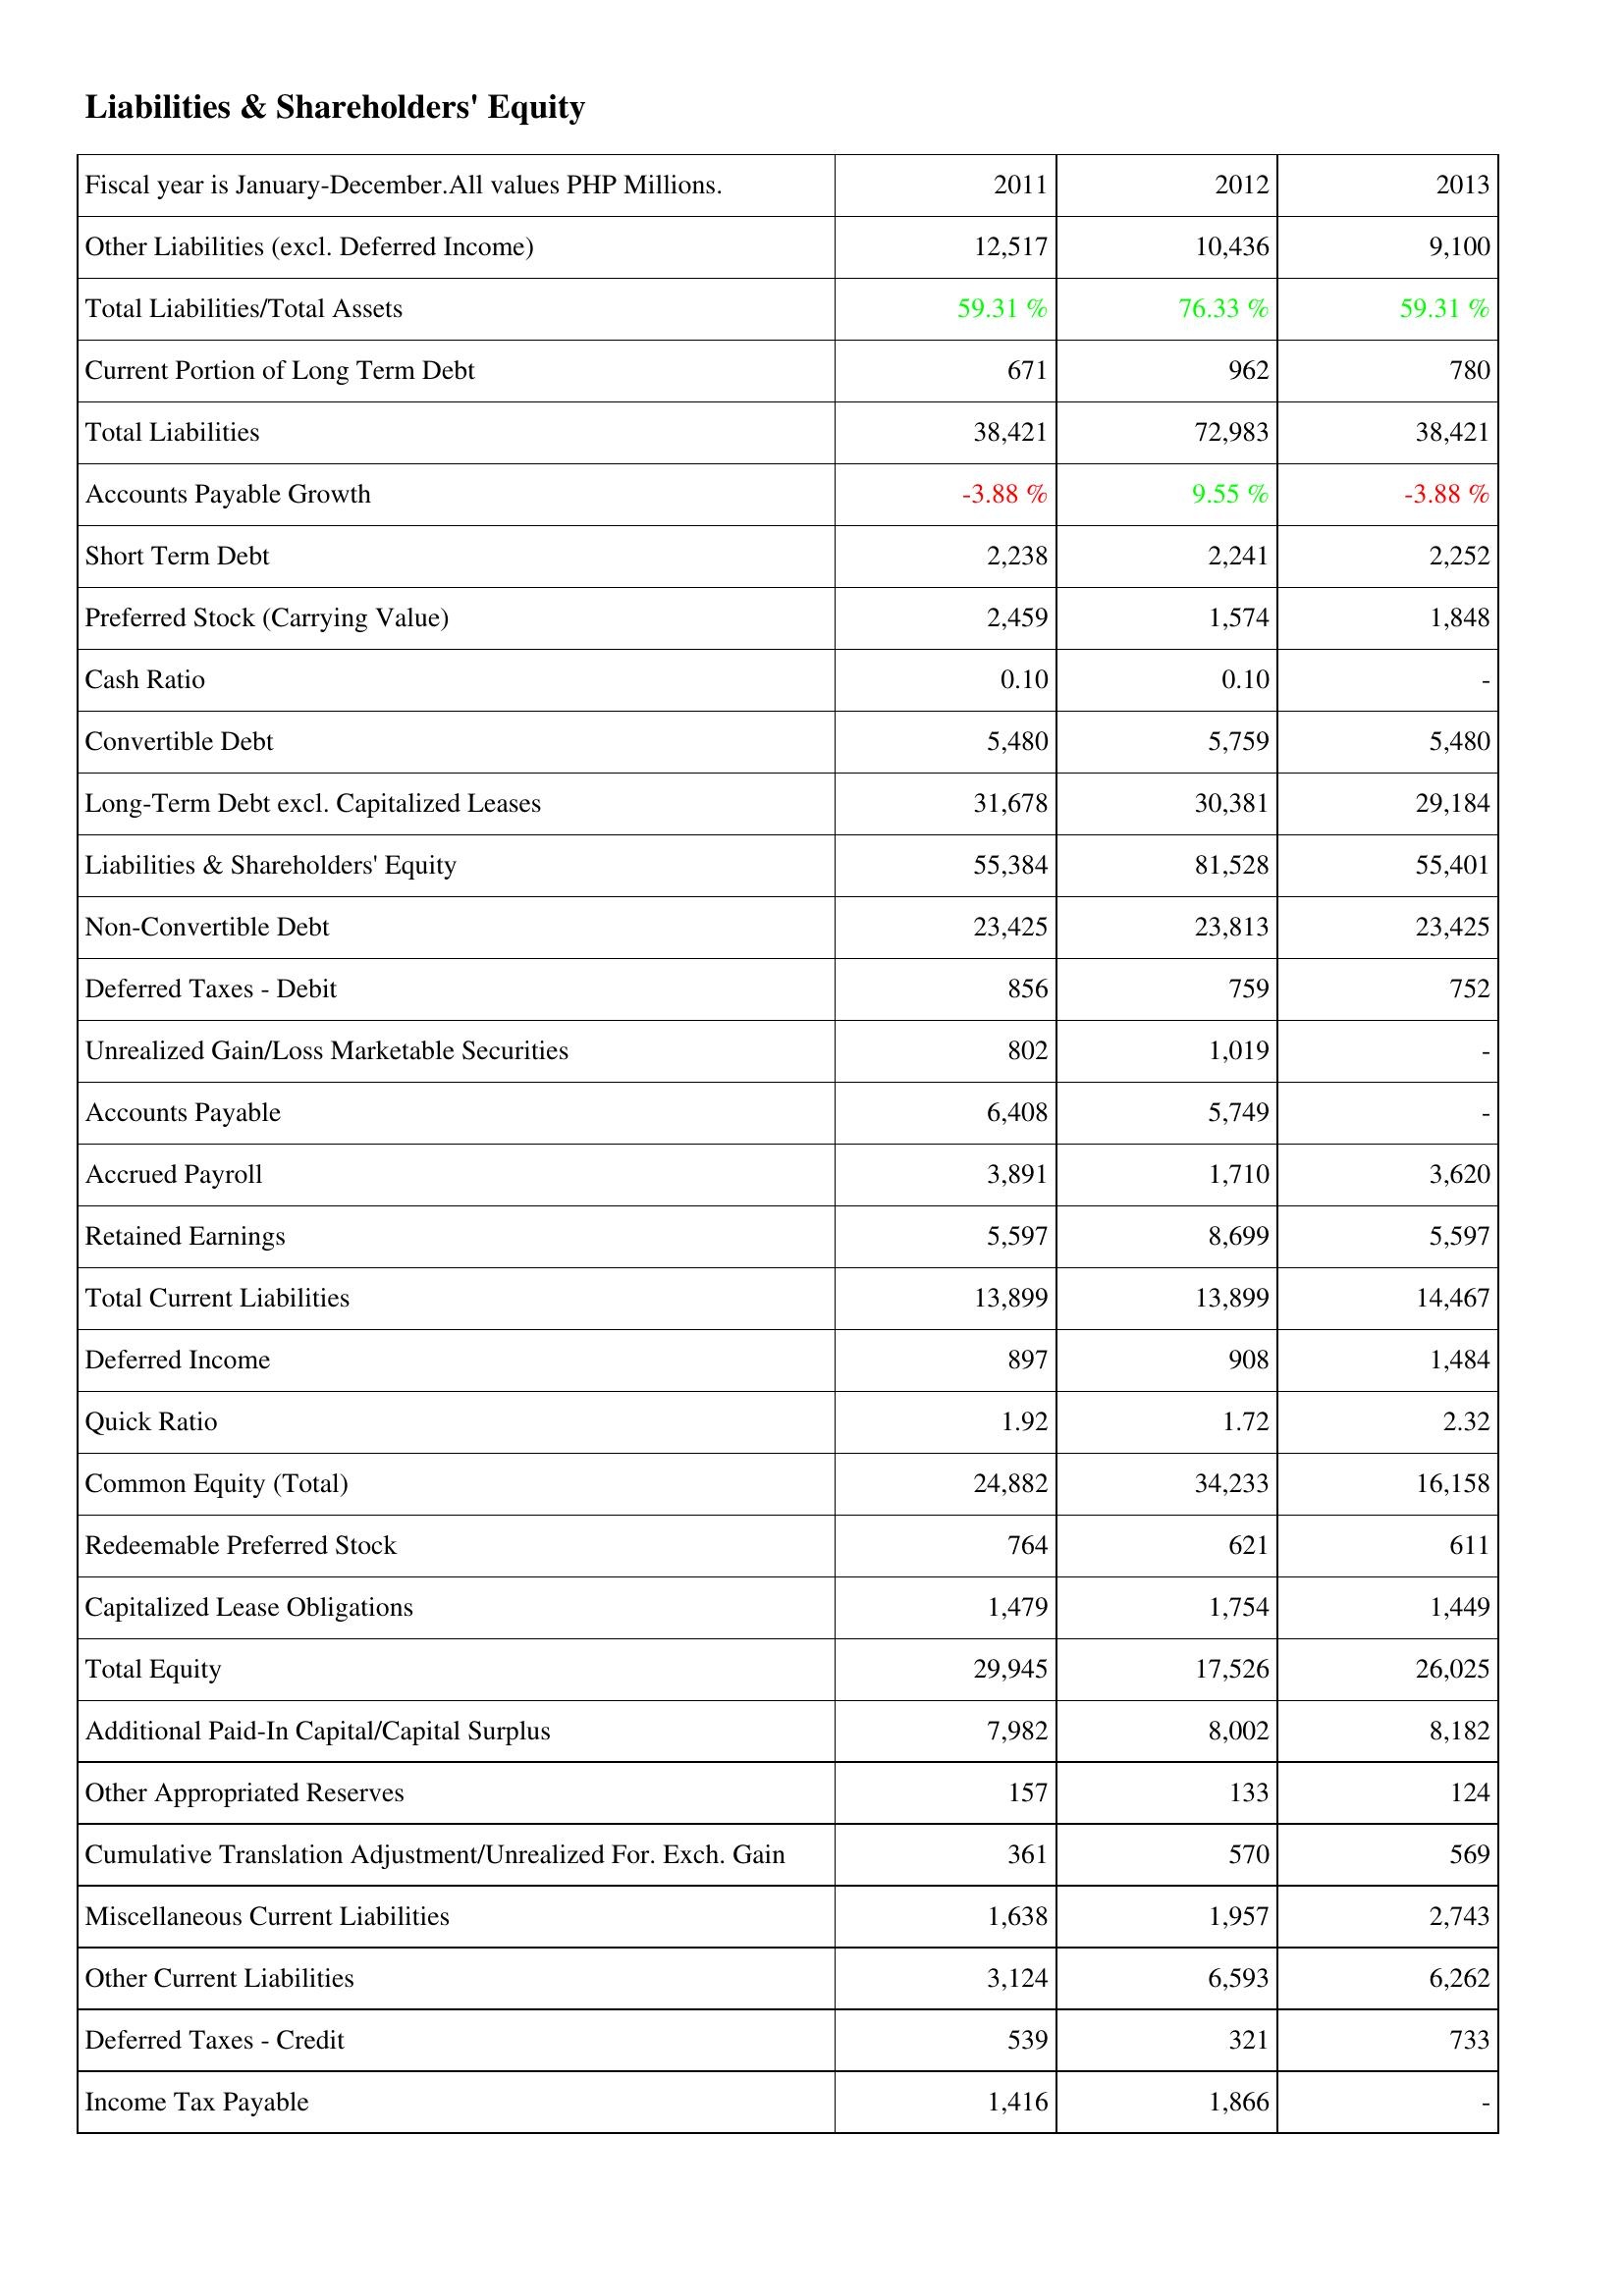
2011: Liabilities & Shareholders' Equity: Other Liabilities (excl. Deferred Income): 12,517
Total Liabilities/Total Assets: 59.31 %
Current Portion of Long Term Debt: 671
Total Liabilities: 38,421
Accounts Payable Growth: -3.88 %
Short Term Debt: 2,238
Preferred Stock (Carrying Value): 2,459
Cash Ratio: 0.10
Convertible Debt: 5,480
Long-Term Debt excl. Capitalized Leases: 31,678
Liabilities & Shareholders' Equity: 55,384
Non-Convertible Debt: 23,425
Deferred Taxes - Debit: 856
Unrealized Gain/Loss Marketable Securities: 802
Accounts Payable: 6,408
Accrued Payroll: 3,891
Retained Earnings: 5,597
Total Current Liabilities: 13,899
Deferred Income: 897
Quick Ratio: 1.92
Common Equity (Total): 24,882
Redeemable Preferred Stock: 764
Capitalized Lease Obligations: 1,479
Total Equity: 29,945
Additional Paid-In Capital/Capital Surplus: 7,982
Other Appropriated Reserves: 157
Cumulative Translation Adjustment/Unrealized For. Exch. Gain: 361
Miscellaneous Current Liabilities: 1,638
Other Current Liabilities: 3,124
Deferred Taxes - Credit: 539
Income Tax Payable: 1,416
2012: Liabilities & Shareholders' Equity: Other Liabilities (excl. Deferred Income): 10,436
Total Liabilities/Total Assets: 76.33 %
Current Portion of Long Term Debt: 962
Total Liabilities: 72,983
Accounts Payable Growth: 9.55 %
Short Term Debt: 2,241
Preferred Stock (Carrying Value): 1,574
Cash Ratio: 0.10
Convertible Debt: 5,759
Long-Term Debt excl. Capitalized Leases: 30,381
Liabilities & Shareholders' Equity: 81,528
Non-Convertible Debt: 23,813
Deferred Taxes - Debit: 759
Unrealized Gain/Loss Marketable Securities: 1,019
Accounts Payable: 5,749
Accrued Payroll: 1,710
Retained Earnings: 8,699
Total Current Liabilities: 13,899
Deferred Income: 908
Quick Ratio: 1.72
Common Equity (Total): 34,233
Redeemable Preferred Stock: 621
Capitalized Lease Obligations: 1,754
Total Equity: 17,526
Additional Paid-In Capital/Capital Surplus: 8,002
Other Appropriated Reserves: 133
Cumulative Translation Adjustment/Unrealized For. Exch. Gain: 570
Miscellaneous Current Liabilities: 1,957
Other Current Liabilities: 6,593
Deferred Taxes - Credit: 321
Income Tax Payable: 1,866
2013: Liabilities & Shareholders' Equity: Other Liabilities (excl. Deferred Income): 9,100
Total Liabilities/Total Assets: 59.31 %
Current Portion of Long Term Debt: 780
Total Liabilities: 38,421
Accounts Payable Growth: -3.88 %
Short Term Debt: 2,252
Preferred Stock (Carrying Value): 1,848
Cash Ratio: -
Convertible Debt: 5,480
Long-Term Debt excl. Capitalized Leases: 29,184
Liabilities & Shareholders' Equity: 55,401
Non-Convertible Debt: 23,425
Deferred Taxes - Debit: 752
Unrealized Gain/Loss Marketable Securities: -
Accounts Payable: -
Accrued Payroll: 3,620
Retained Earnings: 5,597
Total Current Liabilities: 14,467
Deferred Income: 1,484
Quick Ratio: 2.32
Common Equity (Total): 16,158
Redeemable Preferred Stock: 611
Capitalized Lease Obligations: 1,449
Total Equity: 26,025
Additional Paid-In Capital/Capital Surplus: 8,182
Other Appropriated Reserves: 124
Cumulative Translation Adjustment/Unrealized For. Exch. Gain: 569
Miscellaneous Current Liabilities: 2,743
Other Current Liabilities: 6,262
Deferred Taxes - Credit: 733
Income Tax Payable: -